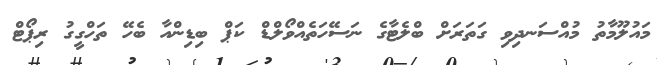
މައުލޫމާތު މުއްސަނދިވި ގަތަރަށް ބްލެޓާގެ ނަސޭހަތެއްވޯލްޑް ކަޕް ބިޑިންއާ ބެހޭ ތަހްގީގު ރިޕޯޓް